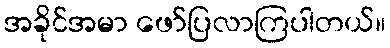
အခိုင်အမာ ဖော်ပြလာကြပါတယ်။